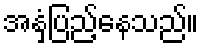
အနှံ့ပြည့်နေသည်။